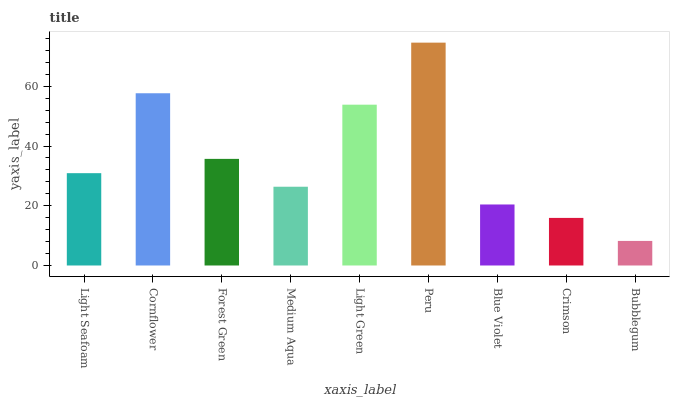
| xaxis_label | bars |
 | --- | --- |
 | Light Seafoam | 30.9 |
 | Cornflower | 57.7 |
 | Forest Green | 35.7 |
 | Medium Aqua | 26.4 |
 | Light Green | 53.8 |
 | Peru | 74.6 |
 | Blue Violet | 20.4 |
 | Crimson | 15.9 |
 | Bubblegum | 8.23 |